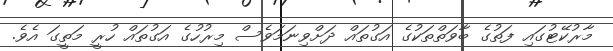
މާރުކޭޓުގައި ފަތުގެ ބާވަތްތަކުގެ އަގުތައް ދަށްވިނަމަވެސް މިރުހުގެ އަގުތައް ހުރީ މަތީގަ އެވެ.